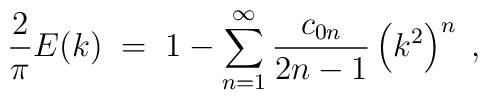
{2\over \pi}E(k)\;=\; 1-\sum_{n=1}^\infty {c_{0n}\over 2n-1}\left(k^2\right)^n\;,